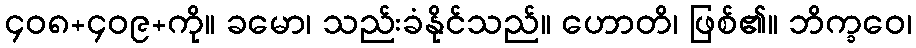
၄၀၈+၄၀၉+ကို။ ခမော၊ သည်းခံနိုင်သည်။ ဟောတိ၊ ဖြစ်၏။ ဘိက္ခဝေ၊